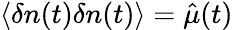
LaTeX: \langle\delta n(t)\delta n(t)\rangle=\hat{\mu}(t)